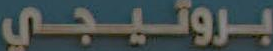
بروتيجي